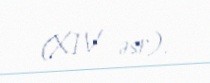
(XIV əsr).